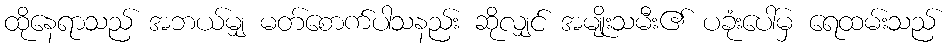
ထိုနေရာသည် အဘယ်မျှ မတ်စောက်ပါသနည်း ဆိုလျှင် အမျိုးသမီး၏ ပခုံးပေါ်မှ ရေထမ်းသည်